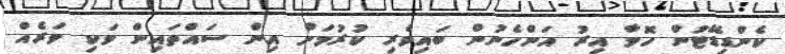
ކެންޑިޑޭޓުން ހޮވާ އިރު އަންހެނުން ބައިވެރި ކުރުމަށް އިން ސައްތައިން ވަކި ވަރެއް